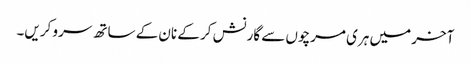
آخر میں ہری مرچوں سے گارنش کر کے نان کے ساتھ سرو کریں۔